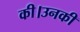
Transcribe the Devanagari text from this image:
की।उनकी